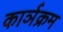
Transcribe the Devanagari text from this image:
कार्ञक्रम